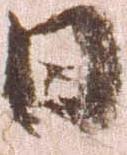
日